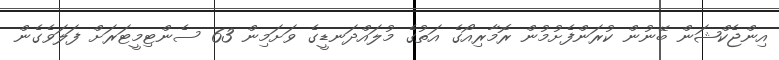
އިންޖެކްޝަން ބޭނުން ކުރަންފެށުމުން ރޮމާރިއޯގެ އަތުގެ މުލައްދަނޑީގެ ވަށަމިން 63 ސެންޓިމީޓަރަށް ފަލަވެގެން